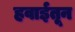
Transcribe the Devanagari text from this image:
हवाईतून